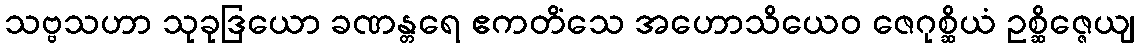
သဗ္ဗသဟာ သုခုဒြယော ခဏန္တရေ ဧကတိံသေ အဟောသိယေဝ ဇေဂုစ္ဆိယံ ဥစ္ဆိဇ္ဇေယျ